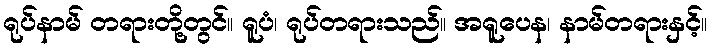
ရုပ်နာမ် တရားတို့တွင်။ ရူပံ၊ ရုပ်တရားသည်။ အရူပေန၊ နာမ်တရားနှင့်။